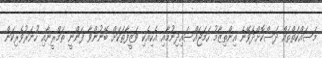
މަސައްކަތްތައް ދަސްކޮށްދެވޭނެ އިންތިޒާމު ހަމަޖައްސައިދިނުމާއި އެކިއެކި ވަޒީފާތަކަށް ބޭނުންވާ ފަންނީ ތަމްރީނާއި ހުނަރުވެރިކަން